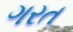
ગરત